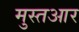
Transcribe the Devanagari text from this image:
मुस्तआर